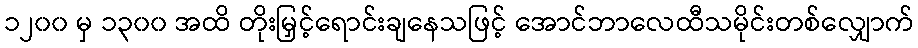
၁၂၀၀ မှ ၁၃၀၀ အထိ တိုးမြှင့်ရောင်းချနေသဖြင့် အောင်ဘာလေထီသမိုင်းတစ်လျှောက်